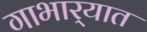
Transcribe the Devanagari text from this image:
गाभार्‍यात